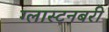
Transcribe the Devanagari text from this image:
ग्लास्टनबरी